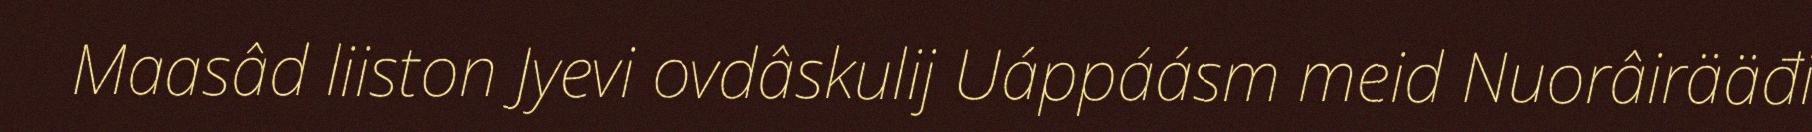
Maasâd liiston Jyevi ovdâskulij Uáppáásm meid Nuorâirääđi